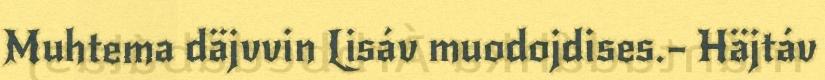
Muhtema däjvvin Lisáv muodojdises.– Häjtáv